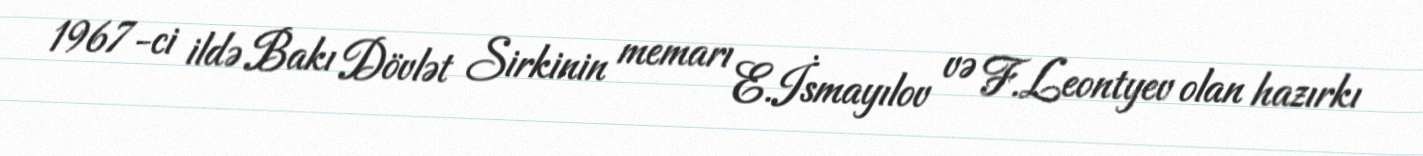
1967-ci ildə Bakı Dövlət Sirkinin memarı E.İsmayılov və F.Leontyev olan hazırkı